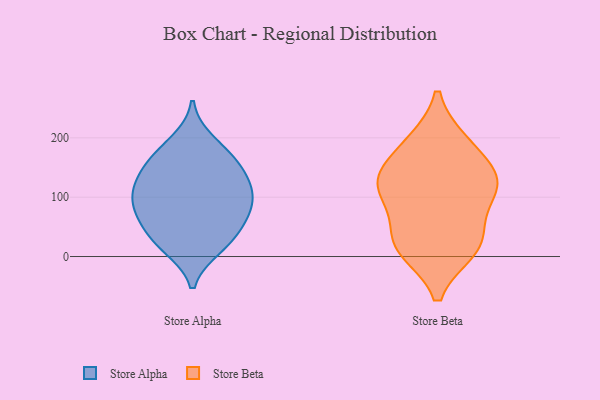
{"axis": {"x": "LTV (USD)", "y": "Value"}, "legend": ["Store Alpha", "Store Beta"], "data": [{"x": "", "y": 121, "type": "Store Alpha"}, {"x": "", "y": 158, "type": "Store Alpha"}, {"x": "", "y": 66, "type": "Store Alpha"}, {"x": "", "y": 117, "type": "Store Alpha"}, {"x": "", "y": 59, "type": "Store Alpha"}, {"x": "", "y": 77, "type": "Store Alpha"}, {"x": "", "y": 97, "type": "Store Alpha"}, {"x": "", "y": 22, "type": "Store Alpha"}, {"x": "", "y": 15, "type": "Store Alpha"}, {"x": "", "y": 169, "type": "Store Alpha"}, {"x": "", "y": 121, "type": "Store Alpha"}, {"x": "", "y": 155, "type": "Store Alpha"}, {"x": "", "y": 194, "type": "Store Alpha"}, {"x": "", "y": 30, "type": "Store Alpha"}, {"x": "", "y": 89, "type": "Store Alpha"}, {"x": "", "y": 192, "type": "Store Beta"}, {"x": "", "y": 125, "type": "Store Beta"}, {"x": "", "y": 48, "type": "Store Beta"}, {"x": "", "y": 101, "type": "Store Beta"}, {"x": "", "y": 135, "type": "Store Beta"}, {"x": "", "y": 188, "type": "Store Beta"}, {"x": "", "y": 19, "type": "Store Beta"}, {"x": "", "y": 12, "type": "Store Beta"}, {"x": "", "y": 120, "type": "Store Beta"}, {"x": "", "y": 17, "type": "Store Beta"}, {"x": "", "y": 125, "type": "Store Beta"}]}